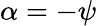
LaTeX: \alpha=-\psi